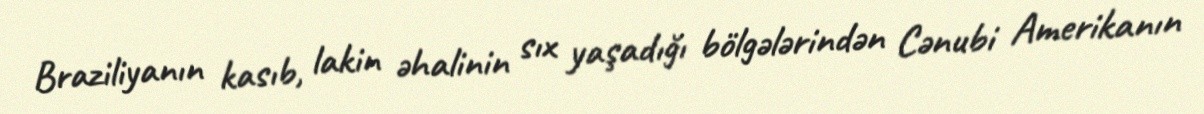
Braziliyanın kasıb, lakin əhalinin sıx yaşadığı bölgələrindən Cənubi Amerikanın